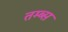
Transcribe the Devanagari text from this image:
तम्ब्स